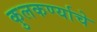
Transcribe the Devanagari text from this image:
कुलकर्ण्याचे